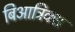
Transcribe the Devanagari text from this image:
बिआट्रिक्स